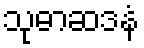
သုဓာဆဒနံ